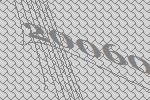
20060